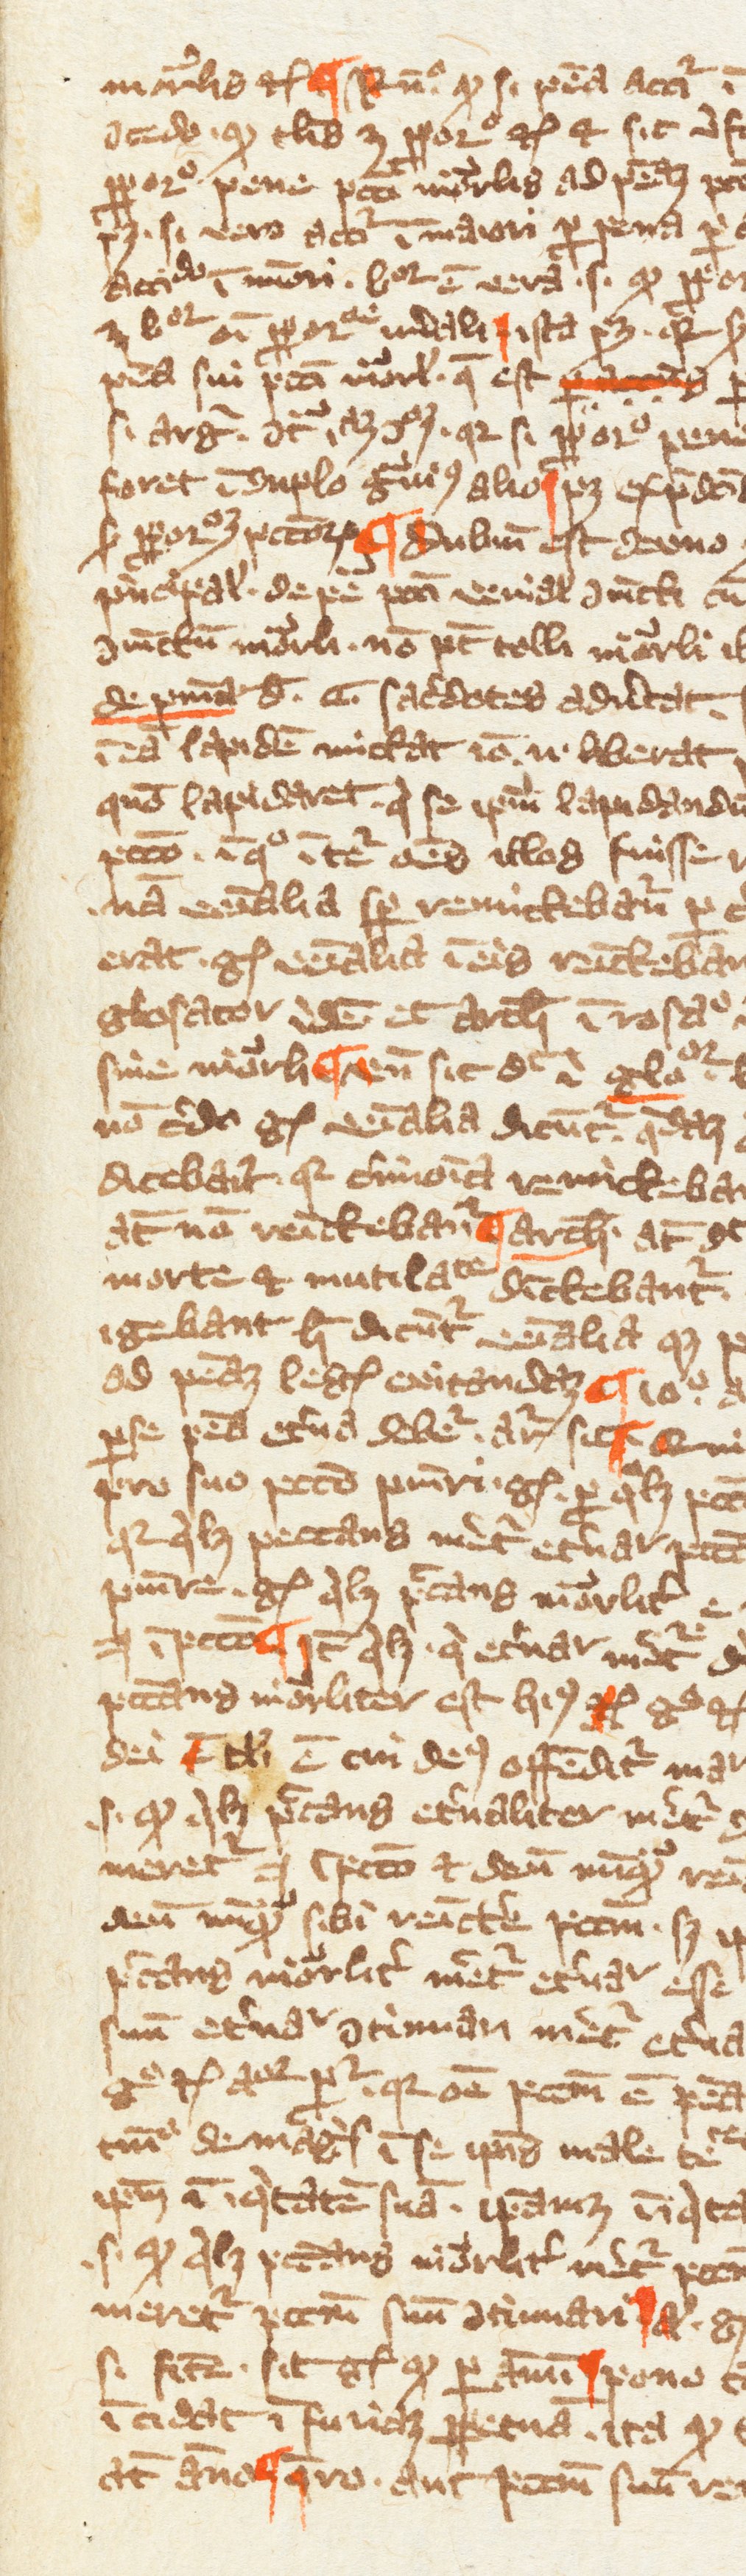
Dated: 1349–1364